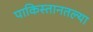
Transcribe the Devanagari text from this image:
पाकिस्तानतल्या